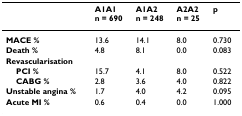
|  | A1A1n = 690 | A1A2n = 248 | A2A2n = 25 | p |
 | --- | --- | --- | --- | --- |
 | MACE % | 13.6 | 14.1 | 8.0 | 0.730 |
 | Death % | 4.8 | 8.1 | 0.0 | 0.083 |
 | Revascularisation |  |  |  |  |
 | PCI % | 15.7 | 4.1 | 8.0 | 0.522 |
 | CABG % | 2.8 | 3.6 | 4.0 | 0.822 |
 | Unstable angina % | 1.7 | 4.0 | 4.2 | 0.095 |
 | Acute MI % | 0.6 | 0.4 | 0.0 | 1.000 |